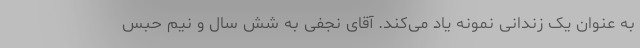
به عنوان یک زندانی نمونه یاد می‌کند. آقای نجفی به شش سال و نیم حبس